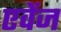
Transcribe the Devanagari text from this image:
एवेंज